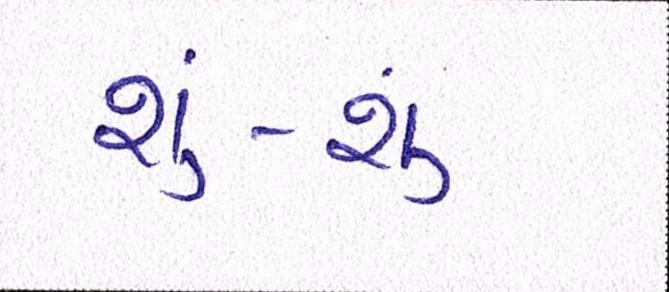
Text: શું-શું